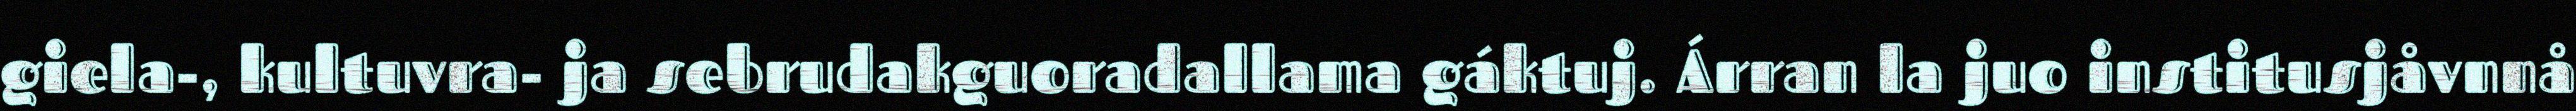
giela-, kultuvra- ja sebrudakguoradallama gáktuj. Árran la juo institusjåvnnå